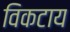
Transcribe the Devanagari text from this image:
विकटाय